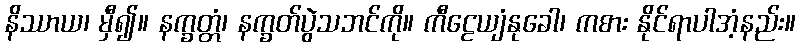
နိဿာယ၊ မှီ၍။ နက္ခတ္တံ၊ နက္ခတ်ပွဲသဘင်ကို။ ကီဠေယျံနုခေါ၊ ကစား နိုင်ရာပါအံ့နည်း။